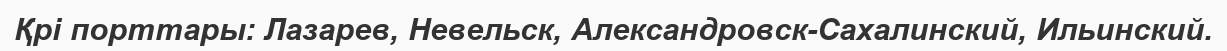
Қрі порттары: Лазарев, Невельск, Александровск-Сахалинский, Ильинский.